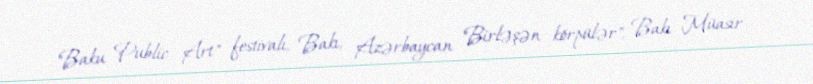
"Baku Public Art" festivalı, Bakı, Azərbaycan "Birləşən körpülər", Bakı Müasir